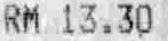
RM 13.30